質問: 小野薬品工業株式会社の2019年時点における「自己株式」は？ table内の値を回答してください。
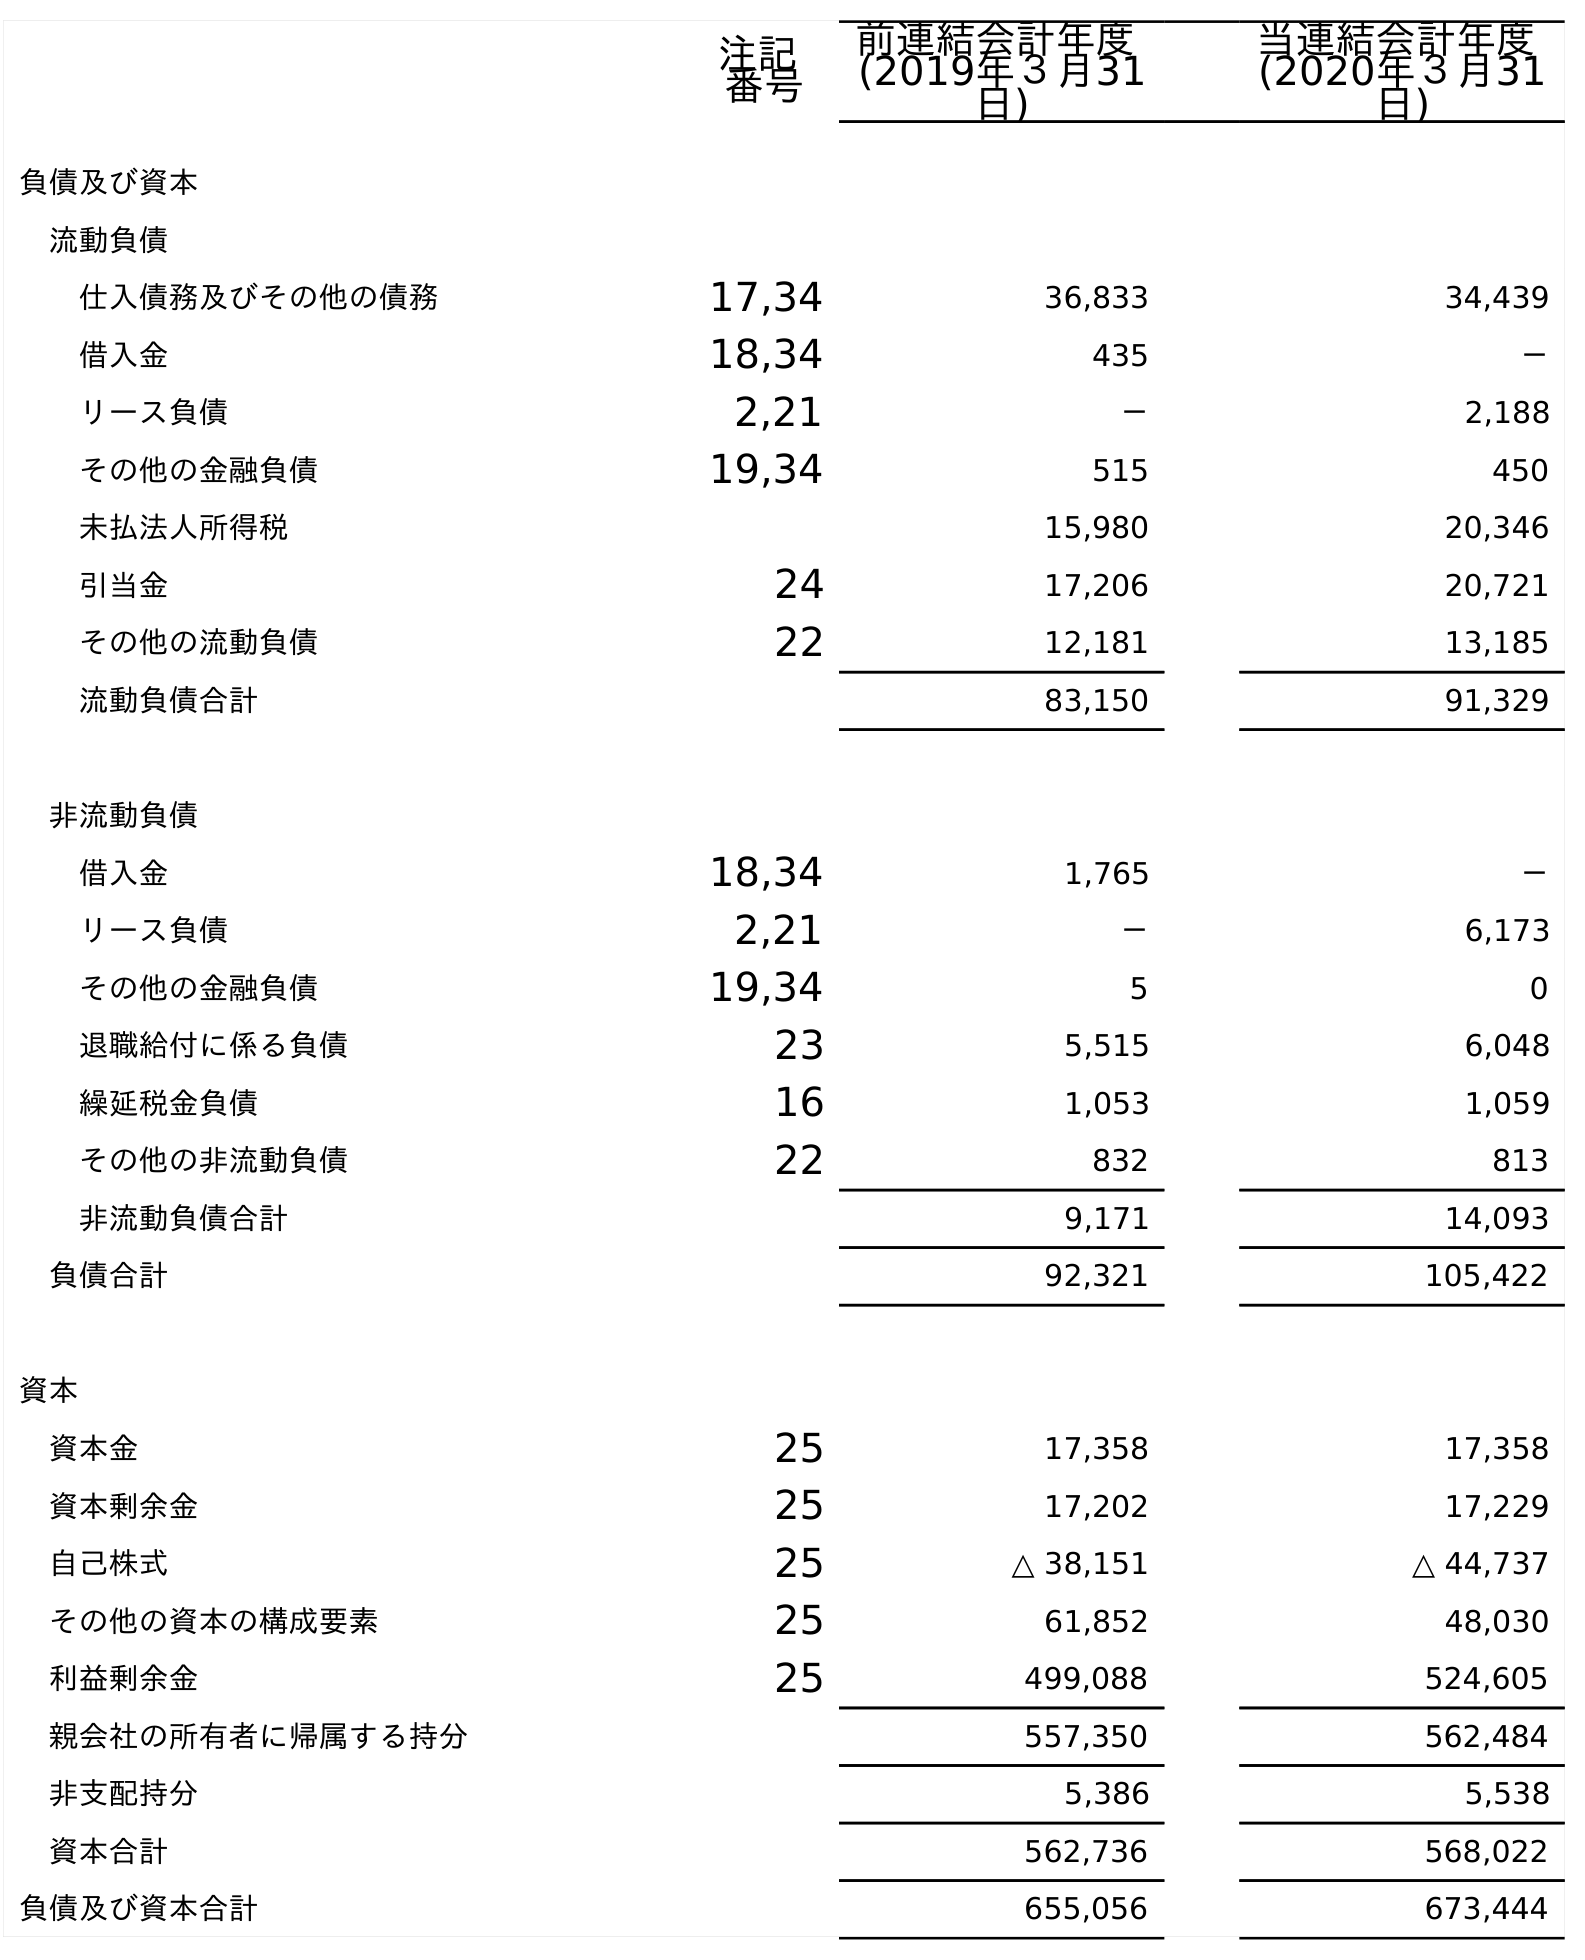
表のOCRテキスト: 注記 番号 前連結会計年度 (2019年３月31 日) 当連結会計年度 (2020年３月31 日) 負債及び資本 流動負債 仕入債務及びその他の債務 17,34 36,833 34,439 借入金 18,34 435 － リース負債 2,21 － 2,188 その他の金融負債 19,34 515 450 未払法人所得税 15,980 20,346 引当金 24 17,206 20,721 その他の流動負債 22 12,181 13,185 流動負債合計 83,150 91,329 非流動負債 借入金 18,34 1,765 － リース負債 2,21 － 6,173 その他の金融負債 19,34 5 0 退職給付に係る負債 23 5,515 6,048 繰延税金負債 16 1,053 1,059 その他の非流動負債 22 832 813 非流動負債合計 9,171 14,093 負債合計 92,321 105,422 資本 資本金 25 17,358 17,358 資本剰余金 25 17,202 17,229 自己株式 25 △ 38,151 △ 44,737 その他の資本の構成要素 25 61,852 48,030 利益剰余金 25 499,088 524,605 親会社の所有者に帰属する持分 557,350 562,484 非支配持分 5,386 5,538 資本合計 562,736 568,022 負債及び資本合計 655,056 673,444
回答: △38,151